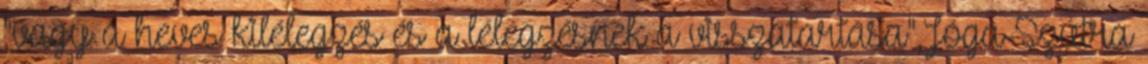
"vagy a heves kilélegzés és a lélegzésnek a visszatartása",Jóga-Szútra